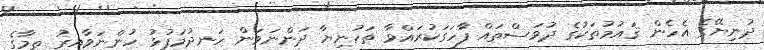
ދުނިޔޭގެ އެހެން ޤައުމުތަކުގެ ދުވަސްތައް ފާހަގަކުރައްވާ ތަހުނިޔާ ދަންނަވަން ހަނދުމަފުޅު ހުންނަވާއިރު ތިމާގެ